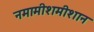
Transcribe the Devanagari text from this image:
नमामीशमीशान